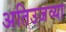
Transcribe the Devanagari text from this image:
अतिउजव्या